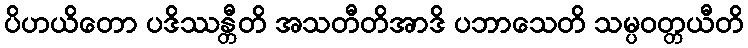
ပိဟယိတော ပဒိဿန္တီတိ အသတီတိအာဒိ ပဘာသေတိ သမ္ပဝတ္တယီတိ